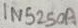
Text: 1N5250A